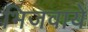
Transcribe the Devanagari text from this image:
भिजवाये